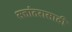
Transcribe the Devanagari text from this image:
सत्तांतरासाठी